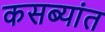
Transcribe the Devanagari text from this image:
कसब्यांत